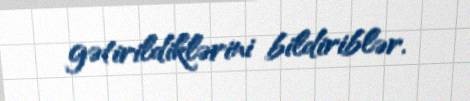
gətirildiklərini bildiriblər.